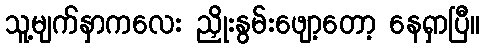
သူ့မျက်နှာကလေး ညှိုးနွမ်းဖျော့တော့ နေရှာပြီ။